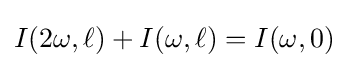
I(2\omega ,\ell )+I(\omega ,\ell )=I(\omega ,0)